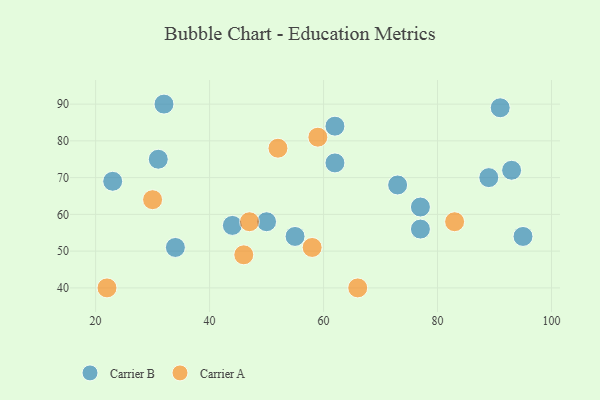
{"axis": {"x": "GDP", "y": "Life Expectancy"}, "legend": ["Carrier A", "Carrier B"], "data": [{"x": "55", "y": 54, "type": "Carrier B"}, {"x": "93", "y": 72, "type": "Carrier B"}, {"x": "91", "y": 89, "type": "Carrier B"}, {"x": "32", "y": 90, "type": "Carrier B"}, {"x": "77", "y": 56, "type": "Carrier B"}, {"x": "31", "y": 75, "type": "Carrier B"}, {"x": "73", "y": 68, "type": "Carrier B"}, {"x": "44", "y": 57, "type": "Carrier B"}, {"x": "34", "y": 51, "type": "Carrier B"}, {"x": "62", "y": 74, "type": "Carrier B"}, {"x": "62", "y": 84, "type": "Carrier B"}, {"x": "77", "y": 62, "type": "Carrier B"}, {"x": "89", "y": 70, "type": "Carrier B"}, {"x": "95", "y": 54, "type": "Carrier B"}, {"x": "50", "y": 58, "type": "Carrier B"}, {"x": "23", "y": 69, "type": "Carrier B"}, {"x": "46", "y": 49, "type": "Carrier A"}, {"x": "59", "y": 81, "type": "Carrier A"}, {"x": "52", "y": 78, "type": "Carrier A"}, {"x": "66", "y": 40, "type": "Carrier A"}, {"x": "83", "y": 58, "type": "Carrier A"}, {"x": "47", "y": 58, "type": "Carrier A"}, {"x": "22", "y": 40, "type": "Carrier A"}, {"x": "30", "y": 64, "type": "Carrier A"}, {"x": "58", "y": 51, "type": "Carrier A"}]}